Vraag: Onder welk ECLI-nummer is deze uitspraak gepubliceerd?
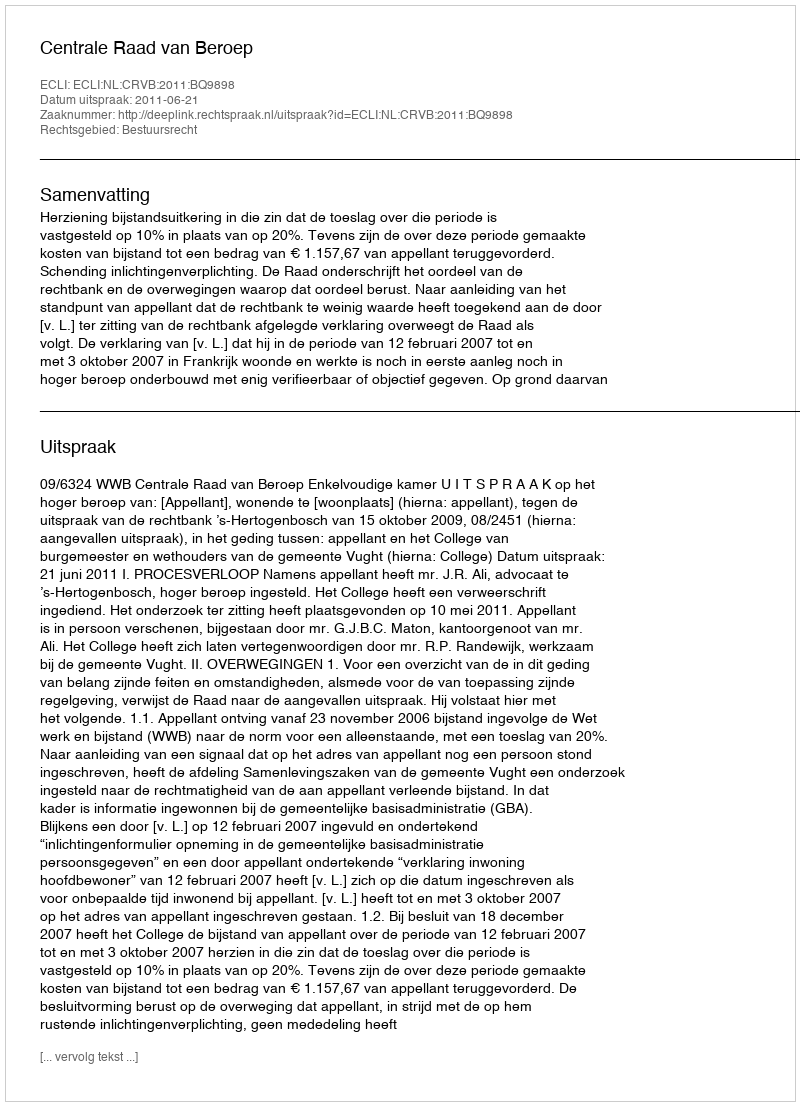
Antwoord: ECLI:NL:CRVB:2011:BQ9898